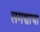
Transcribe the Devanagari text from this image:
लगद्याचा